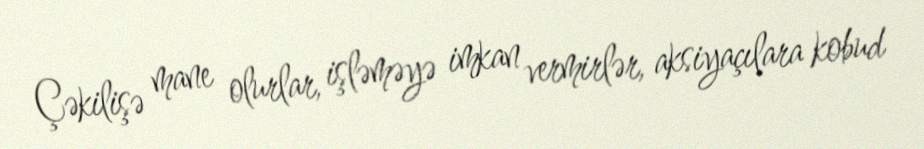
Çəkilişə mane olurlar, işləməyə imkan vermirlər, aksiyaçılara kobud